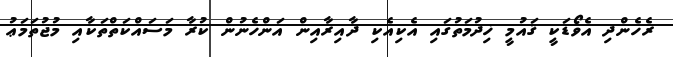
ރެހެންދި އެވޯޑަކީ ޤައުމީ ޚިދުމަތުގައި އެކިއެކި ދާއިރާއިން އަންހެނުން ކުރާ މަސައްކަތްތަކާއި މުޖުތަމަޢު